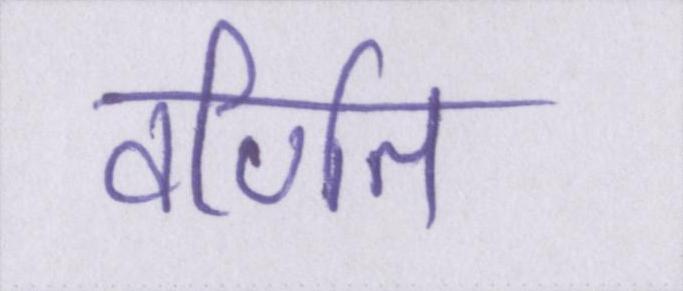
वर्णित